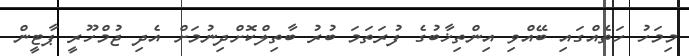
މިމަހު ހަތެއްގައި ބޭއްވި އިންތިޚާބުގެ ފުރަތަމަ ބުރު ބާތިލްކޮށްދިނުމަށް އެދި ޖުމްހޫރީ ޕާޓީން